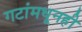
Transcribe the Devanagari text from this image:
गटांमधूनही